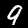
Label: 9